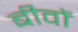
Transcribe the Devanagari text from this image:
बीवों